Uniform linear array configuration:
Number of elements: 12
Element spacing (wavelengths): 1
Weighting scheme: binomial
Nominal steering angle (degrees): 30
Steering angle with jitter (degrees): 31.567
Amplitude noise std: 0.05
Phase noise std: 0.05

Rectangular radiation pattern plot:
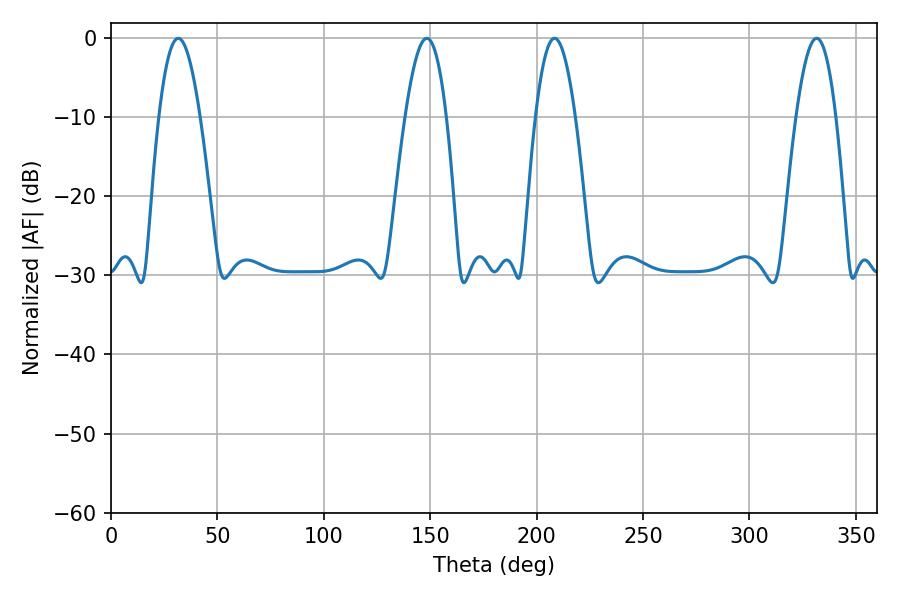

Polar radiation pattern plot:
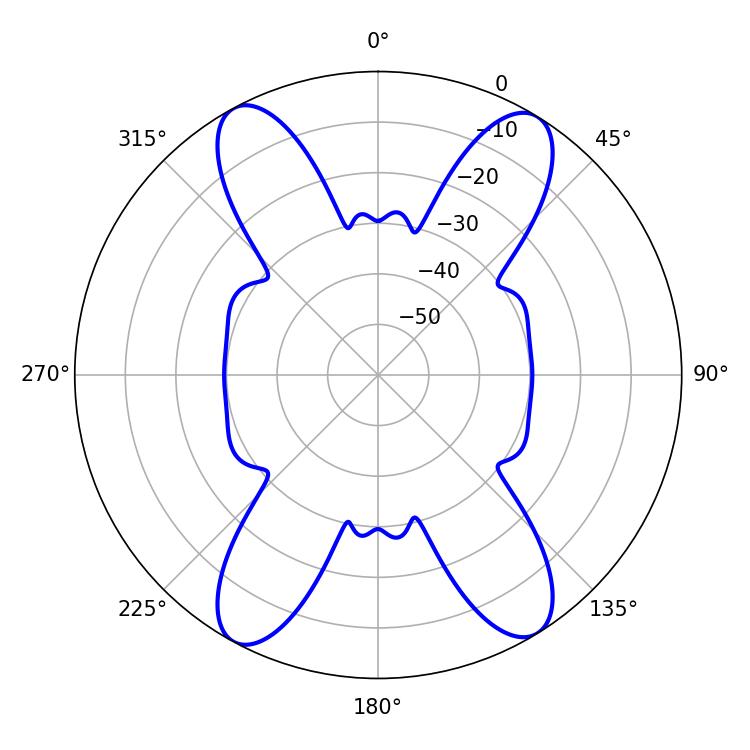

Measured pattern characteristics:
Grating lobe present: TRUE
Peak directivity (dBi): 18.878
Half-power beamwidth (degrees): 10.26
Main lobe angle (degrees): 208.44